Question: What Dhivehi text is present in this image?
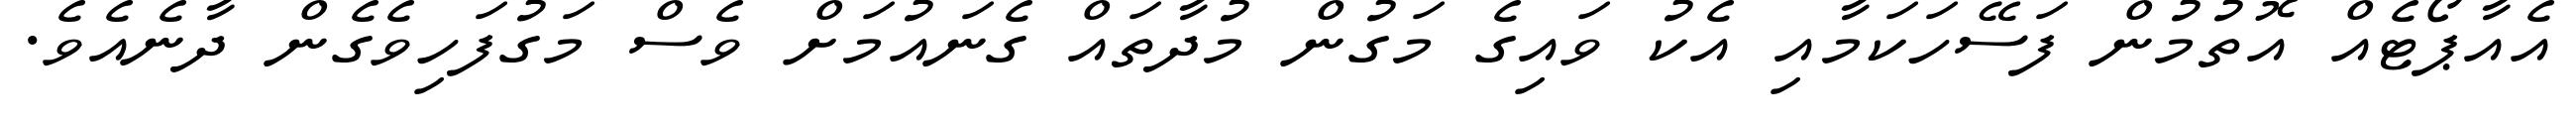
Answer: އެއާޕޯޓެއް އޮތުމުން ފަސޭހަކަމާއި އެކު ވައިގެ މަގުން މުދާތައް ގެނައުމަށް ވެސް މަގުފަހިވެގެން ދާނެއެވެ.